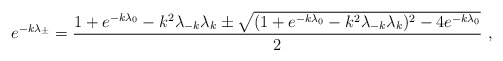
\begin{align*}e^{-k\lambda_{\pm}}={1+e^{-k\lambda_0}-k^2\lambda_{-k}\lambda_k\pm \sqrt{(1+e^{-k\lambda_0}-k^2\lambda_{-k}\lambda_k)^2-4e^{-k\lambda_0}}\over2} \ ,\end{align*}